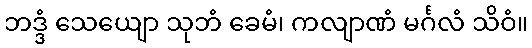
ဘဒ္ဒံ သေယျော သုဘံ ခေမံ၊ ကလျာဏံ မင်္ဂလံ သိဝံ။